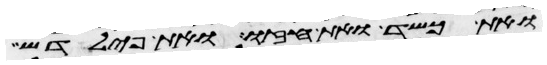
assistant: ואת כשד ואת חזו ואת פילדש